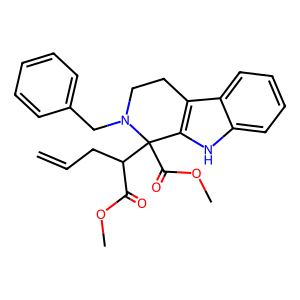
SMILES: C=CCC(C(=O)OC)C1(C(=O)OC)c2[nH]c3ccccc3c2CCN1Cc1ccccc1
Inhibits HIV replication: No